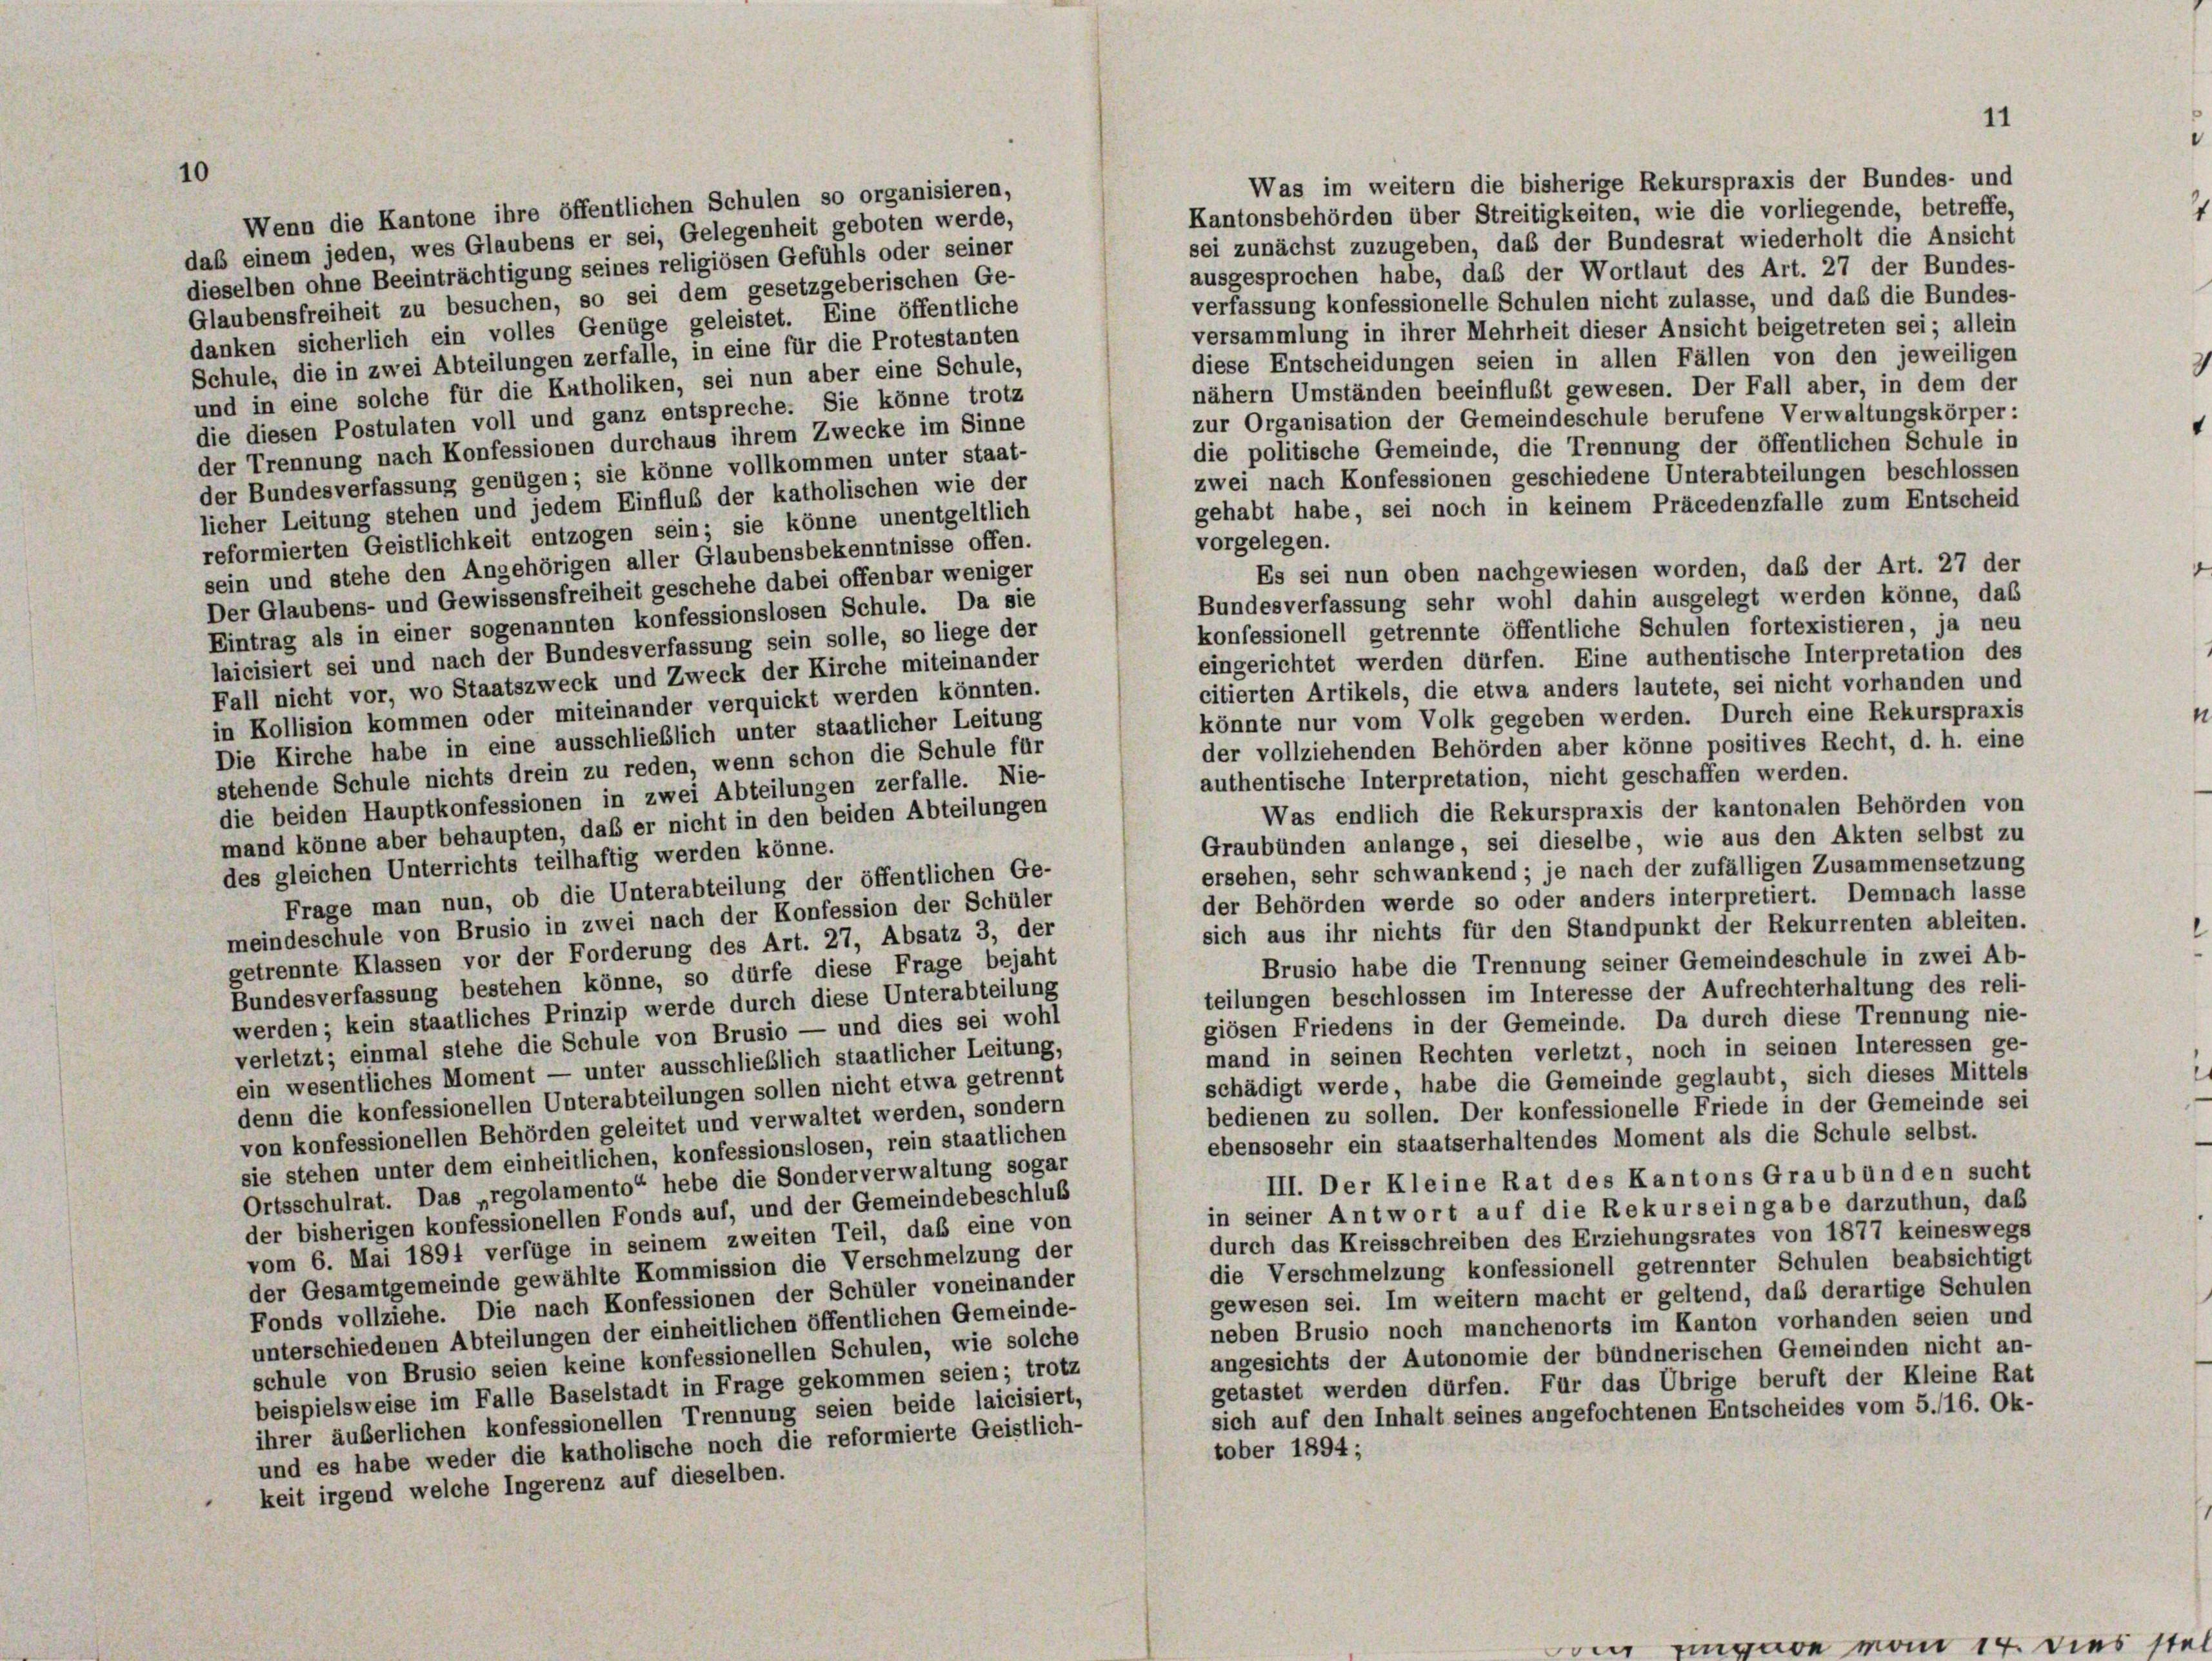
Was im weitern die bisherige Rekurspraxis der Bundes- und
Wenn die Kantone ihre öffentlichen Schulen so organisieren,
Kantonsbehörden über Streitigkeiten, wie die vorliegende, betreffe,
das einem jeden, wes Glaubens er sei, Gelegenheit geboten werde,
sei zunächst zuzugeben, das der Bundesrat wiederholt die Ansicht
dieselben ohne Beeinträchtigung seines religiösen Gefühls oder seiner
ausgesprochen habe, daß der Wortlaut des Art. 27 der Bundes-
Glaubensfreiheit zu besuchen, so sei dem gesetzgeberischen Ge-
verfassung konfessionelle Schulen nicht zulasse, und daß die Bundes-
danken sicherlich ein volles Genüge geleistet. Eine öffentliche
versammlung in ihrer Mehrheit dieser Ansicht beigetreten sei; allein
Schule, die in zwei Abteilungen zerfalle, in eine für die Protestanten
diese Entscheidungen seien in allen Fällen von den jeweiligen
und in eine solche für die Kutholiken, sei nun aber eine Schule,
nähern Umständen beeinflußt gewesen. Der Fall aber, in dem der
die diesen Postulaten voll und ganz entspreche. Sie könne trotz
zur Organisation der Gemeindeschule berufene Verwaltungskörper:
der Trennung nach Konfessionen durchaus ihrem Zwecke im Sinne
die politische Gemeinde, die Trennung der öffentlichen Schule in
der Bundesverfassung genügen; sie könne vollkommen unter staat-
zwei nach Konfessionen geschiedene Unterabteilungen beschlossen
licher Leitung stehen und jedem Einfluß der katholischen wie der
gehabt habe, sei noch in keinem Präcedenzfälle zum Entscheid
reformierten Geistlichkeit entzogen sein; sie könne unentgeltlich
vorgelegen.
sein und stehe den Angehörigen aller Glaubensbekenntnisse offen.
Es sei nun oben nachgewiesen worden, daß der Art. 27 der
Der Glaubens- und Gewissensfreiheit geschehe dabei offenbar weniger
Bundesverfassung sehr wohl dahin ausgelegt werden könne, das
Eintrag als in einer sogenannten konfessionslosen Schule. Da sie
konfessionell getrennte öffentliche Schulen fortexistieren, ja neu
laicisiert sei und nach der Bundesverfassung sein solle, so liege der
eingerichtet werden dürfen. Eine authentische Interpretation des
Fall nicht vor, wo Staatszweck und Zweck der Kirche miteinander
citierten Artikels, die etwa anders lautete, sei nicht vorhanden und
in Kollision kommen oder miteinander verquickt werden könnten.
könnte nur vom Volk gegeben werden. Durch eine Rekurspraxis
Die Kirche habe in eine ausschließlich unter staatlicher Leitung
der vollziehenden Behörden aber könne positives Recht, d. h. eine
stehende Schule nichts drein zu reden, wenn schon die Schule für
authentische Interpretation, nicht geschaffen werden.
die beiden Hauptkonfessionen in zwei Abteilungen zerfalle. Nie-
Was endlich die Rekurspraxis der kantonalen Behörden von
mand könne aber behaupten, daß er nicht in den beiden Abteilungen
Graubünden anlange, sei dieselbe, wie aus den Akten selbst zu
des gleichen Unterrichts teilhaftig werden könne.
ersehen, sehr schwankend; je nach der zufälligen Zusammensetzung
Frage man nun, ob die Unterabteilung der öffentlichen Ge-
der Behörden werde so oder anders interpretiert. Demnach lasse
meindeschule von Brusio in zwei nach der Konfession der Schüler
sich aus ihr nichts für den Standpunkt der Rekurrenten ableiten.
getrennte Klassen vor der Forderung des Art. 27, Absatz 3, der
Brusio habe die Trennung seiner Gemeindeschule in zwei Ab-
Bundesverfassung bestehen könne, so dürfe diese Frage bejaht
teilungen beschlossen im Interesse der Aufrechterhaltung des reli-
werden; kein staatliches Prinzip werde durch diese Unterabteilung
giösen Friedens in der Gemeinde. Da durch diese Trennung nie-
verletzt; einmal stehe die Schule von Brusio — und dies sei wohl
mand in seinen Rechten verletzt, noch in seinen Interessen ge-
ein wesentliches Moment — unter ausschließlich staatlicher Leitung,
schädigt werde, habe die Gemeinde geglaubt, sich dieses Mittels
denn die konfessionellen Unterabteilungen sollen nicht etwa getrennt
bedienen zu sollen. Der konfessionelle Friede in der Gemeinde sei
von konfessionellen Behörden geleitet und verwaltet werden, sondern
ebensosehr ein staatserhaltendes Moment als die Schule selbst.
sie stehen unter dem einheitlichen, konfessionslosen, rein staatlichen
III. Der Kleine Rat des Kantons Graubünden sucht
Ortsschulrat. Das „regolamento“ hebe die Sonderverwaltung sogar
in seiner Antwort auf die Rekurs eingabe darzuthun, daß
der bisherigen konfessionellen Fonds auf, und der Gemeindebeschluß
durch das Kreisschreiben des Erziehungsrates von 1877 keineswegs
vom 6. Mai 1891 verfüge in seinem zweiten Teil, daß eine von
die Verschmelzung konfessionell getrennter Schulen beabsichtigt
der Gesamtgemeinde gewählte Kommission die Verschmelzung der
gewesen sei. Im weitern macht er geltend, daß derartige Schulen
Fonds vollziehe. Die nach Konfessionen der Schüler voneinander
neben Brusio noch manchenorts im Kanton vorhanden seien und
unterschiedenen Abteilungen der einheitlichen öffentlichen Gemeinde-
angesichts der Autonomie der bündnerischen Gemeinden nicht an-
schule von Brusio seien keine konfessionellen Schulen, wie solche
getastet werden dürfen. Für das Übrige beruft der Kleine Rat
beispielsweise im Falle Baselstadt in Frage gekommen seien; trotz
sich auf den Inhalt seines angefochtenen Entscheides vom 5./16. Ok-
ihrer äußerlichen konfessionellen Trennung seien beide laicisiert,
und es habe weder die katholische noch die reformierte Geistlich-
tober 1894;
keit irgend welche Ingerenz auf dieselben.

10